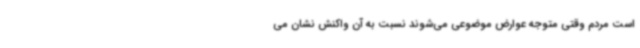
است مردم وقتی متوجه عوارض موضوعی می‌شوند نسبت به آن واکنش نشان می